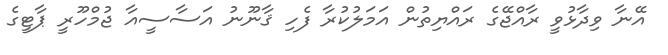
އޭނާ ވިދާޅުވީ ރާއްޖޭގެ ރައްޔިތުން އަމަލުކުރާ ފެހި ޤާނޫނު އަސާސީއާ ޖުމްހޫރީ ޕާޓީގެ